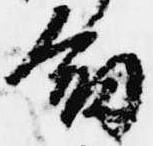
剣